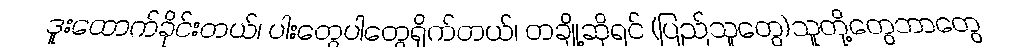
ဒူးထောက်ခိုင်းတယ်၊ ပါးတွေပါတွေရိုက်တယ်၊ တချို့ဆိုရင် (ပြည်သူတွေ)သူတို့တွေဘာတွေ